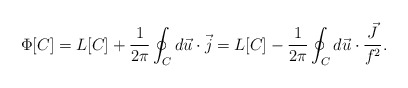
\begin{align*}\Phi[C]=L[C]+\frac{1}{2\pi}\oint_C d\vec{u}\cdot\vec{j}=L[C]-\frac{1}{2\pi}\oint_C d\vec{u}\cdot\frac{\vec{J}}{f^2} .\end{align*}